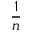
\frac { 1 } { n }